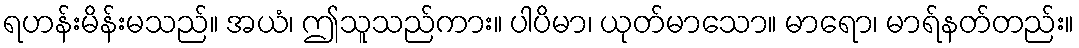
ရဟန်းမိန်းမသည်။ အယံ၊ ဤသူသည်ကား။ ပါပိမာ၊ ယုတ်မာသော။ မာရော၊ မာရ်နတ်တည်း။